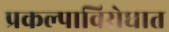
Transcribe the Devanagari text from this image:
प्रकल्पाविरोधात